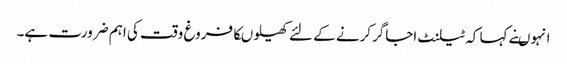
انہوںنے کہا کہ ٹیلنٹ اجاگرکرنے کے لئے کھیلوںکافروغ وقت کی اہم ضرورت ہے۔